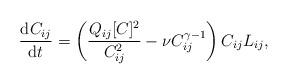
LaTeX: \begin{align*} \frac{\mathrm{d}C_{ij}}{\mathrm{d}t} = \left(\frac{Q_{ij}[C]^2 }{C_{ij}^2}-\nu C_{ij}^{\gamma-1}\right) C_{ij} L_{ij},\end{align*}